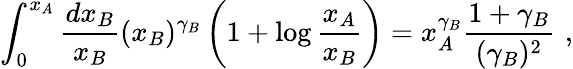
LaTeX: \int_{0}^{x_{A}}{\frac{dx_{B}}{x_{B}}}(x_{B})^{\gamma_{B}}\left(1+\log{\frac{x_{A}}{x_{B}}}\right)=x_{A}^{\gamma_{B}}{\frac{1+\gamma_{B}}{(\gamma_{B})^{2}}}\, \, ,